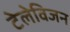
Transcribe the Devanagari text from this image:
टेलेविजन